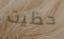
حظيت